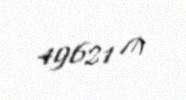
49621 ₼